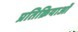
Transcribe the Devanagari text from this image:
प्रतिक्रियाआें